Scottish Leaving Certificate Examination, 1957
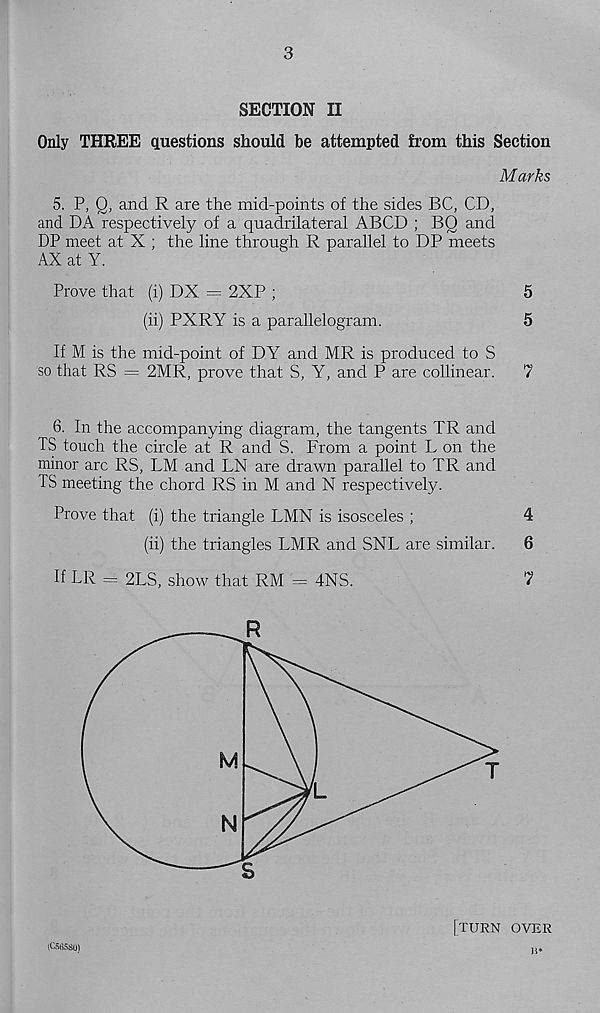
3
SECTION II
Only THREE questions should be attempted from this Section
Marks
5. P, 0, and R are the mid-points of the sides BC, CD,
and DA respectively of a quadrilateral ABCD ; BQ and
DP meet at X ; the line through R parallel to DP meets
AX at Y.
Prove that (i) DX = 2XP ;
5
(ii) PXRY is a parallelogram.
5
If M is the mid-point of DY and MR is produced to S
so that RS = 2MR, prove that S, Y, and P are collinear.
7
6. In the accompanying diagram, the tangents TR and
IS touch the circle at R and S. From a point L on the
minor arc RS, LM and LN are drawn parallel to TR and
IS meeting the chord RS in M and N respectively.
Prove that (i) the triangle LMN is isosceles ;
4
(ii) the triangles LMR and SNL are similar.
6
If LR - 2LS, show that RM = 4NS.
7
(C565S0)